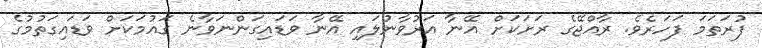
ފުރަތަމަ ފަހަރެވެ. ރާއްޖޭގެ ރަށަކަށް އޭނާ އަރުވާނުލައި އޭނާ ވަޑައިގަންނަވާނެ ގައުމަކަށް ވަޑައިގަތުމުގެ